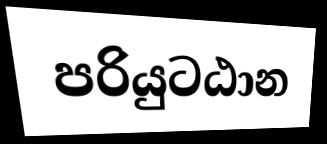
පරියුටඨාන